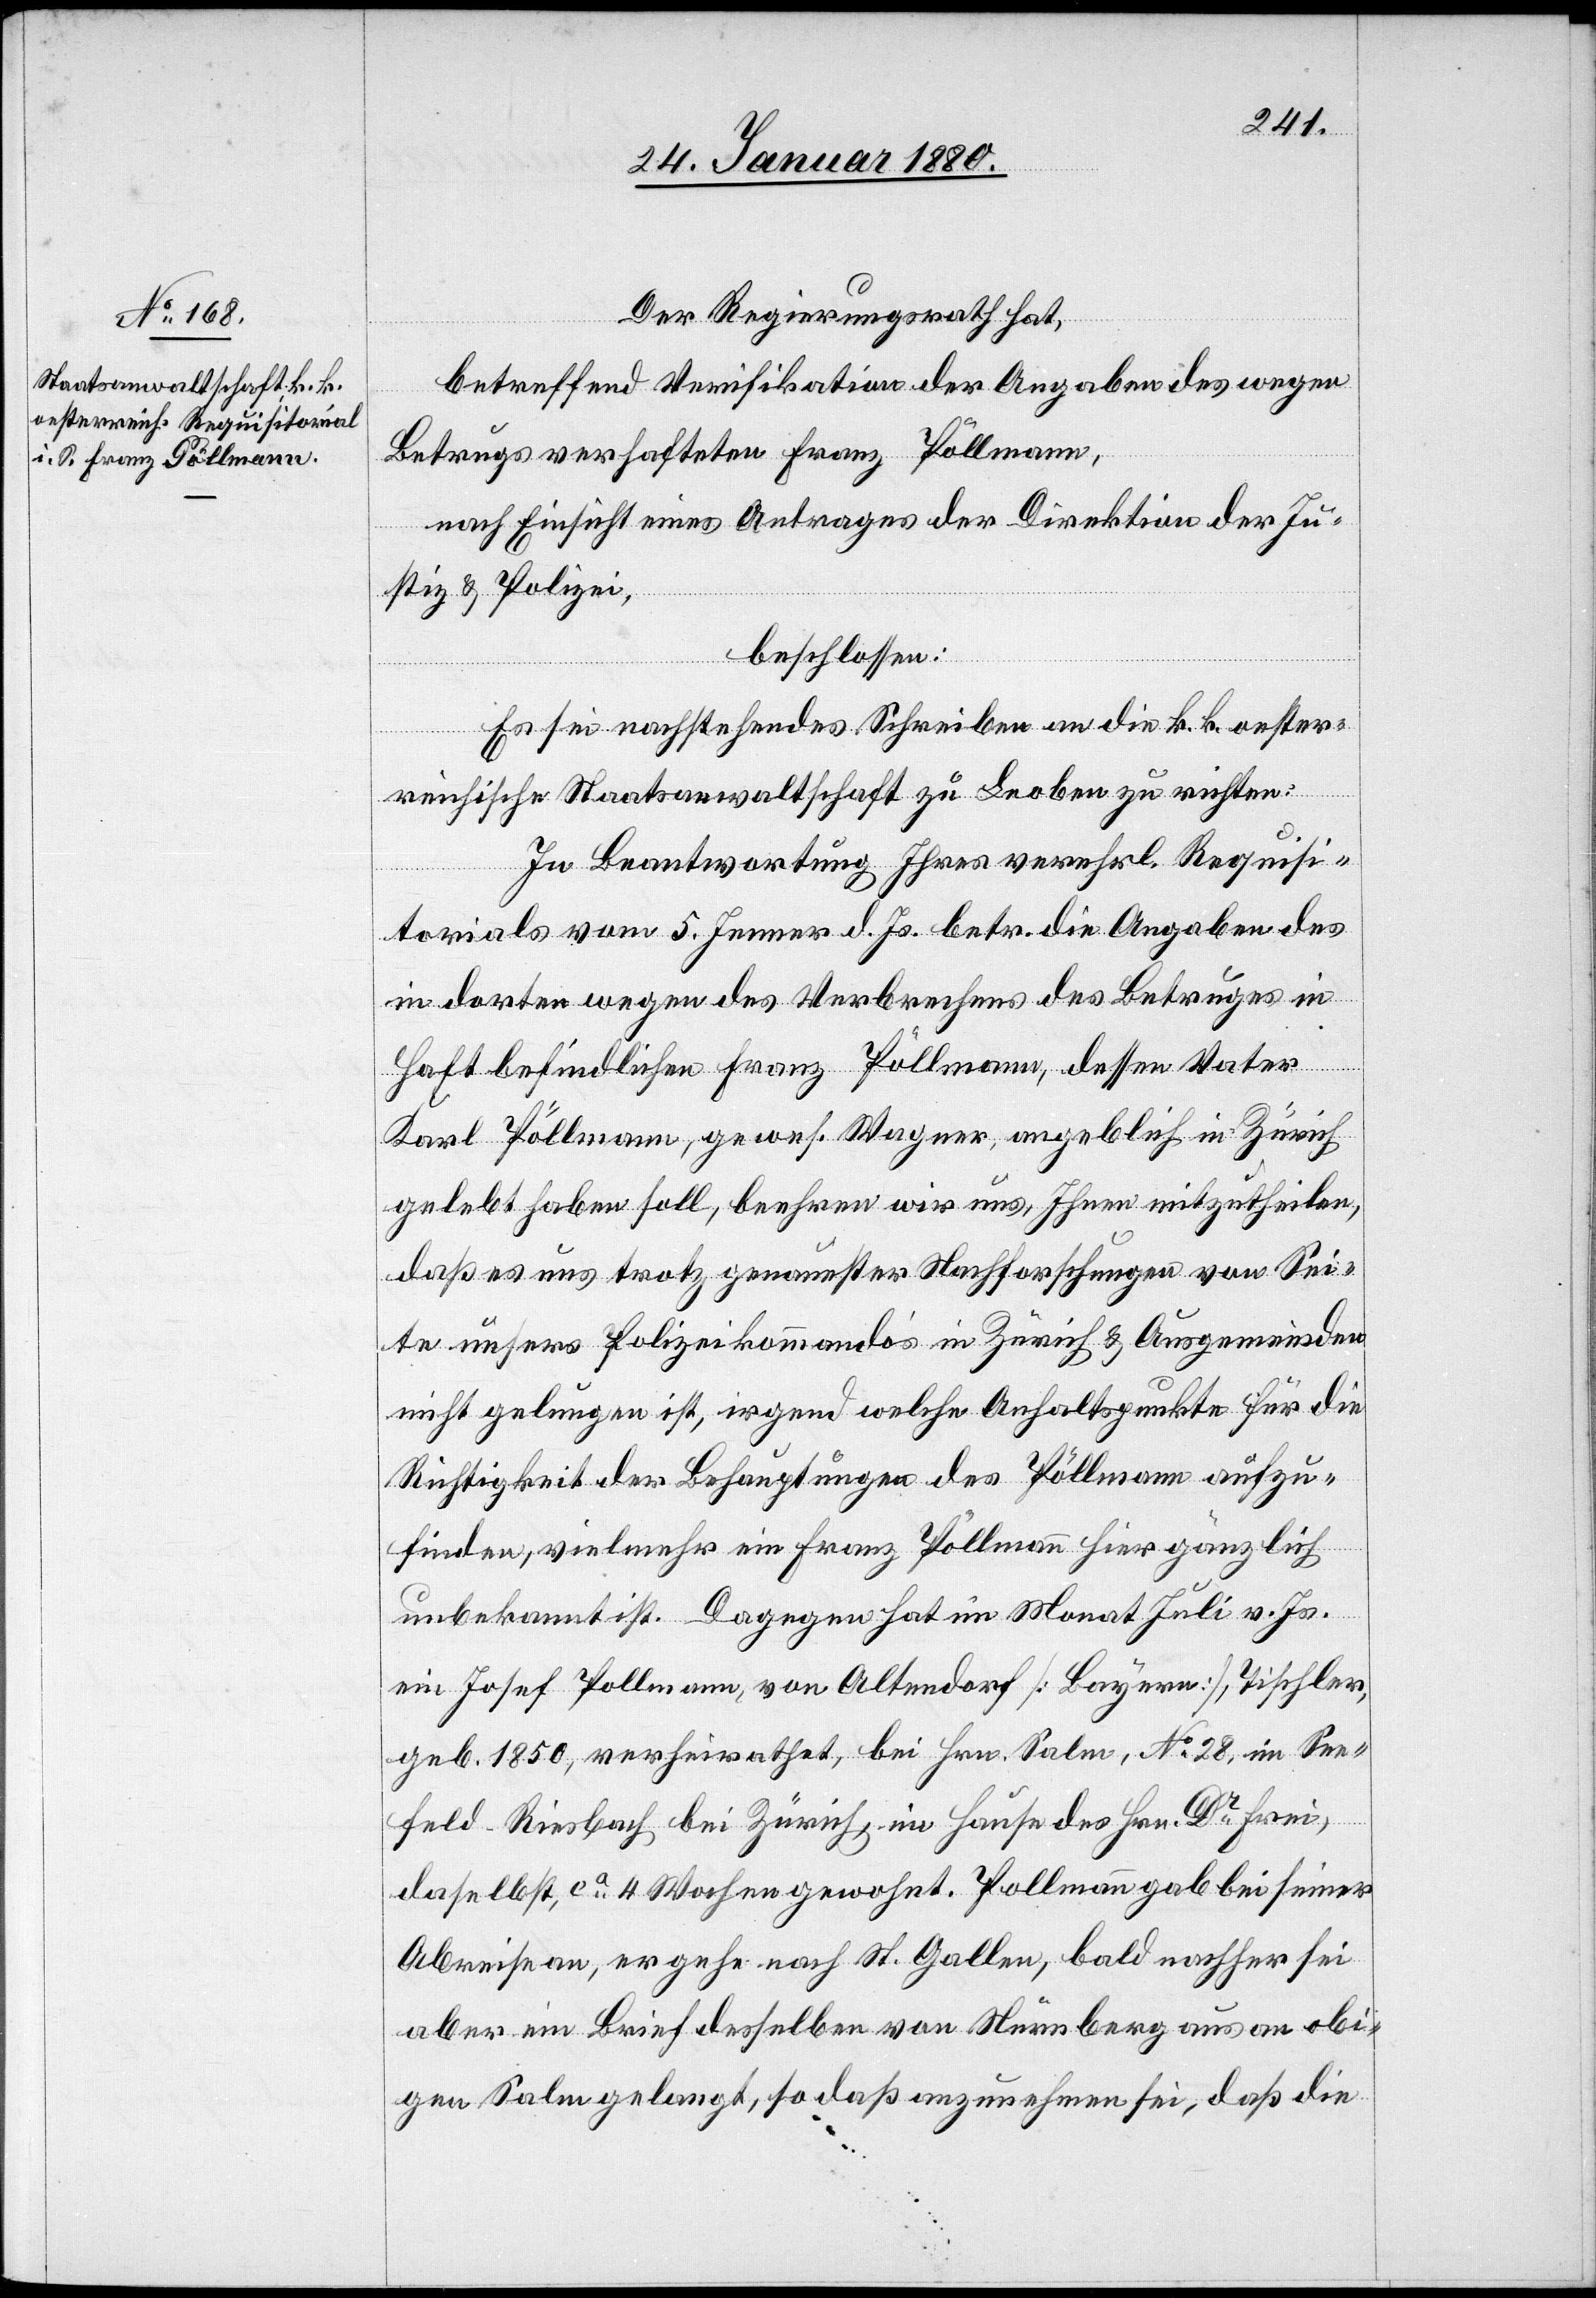
Der Regierungsrath hat,
betreffend Verifikation der Angaben des wegen
Betrugs verhafteten Franz Pöllmann,
nach Einsicht eines Antrages der Direktion der Ju¬
stiz & Polizei,
beschlossen:
Es sei nachstehendes Schreiben an die k. k. oester¬
reichische Staatsanwaltschaft zu Leoben zu richten:
In Beantwortung Ihres verehrl. Requisi¬
torials vom 5. Jenner d. Js. betr. die Angaben des
in dorten wegen des Verbrechens des Betruges in
Haft befindlichen Franz Pöllmann, dessen Vater
Karl Pöllmann, gewes. Wagner, angeblich in Zürich
gelebt haben soll, beehren wir uns, Ihnen mitzutheilen,
daß es uns trotz genauester Nachforschungen von Sei¬
te unsers Polizeikommando’s in Zürich & Ausgemeinden
nicht gelungen ist, irgend welche Anhaltspunkte für die
Richtigkeit der Behauptungen des Pöllmann aufzu¬
finden, vielmehr ein Franz Pöllmann hier gänzlich
unbekannt ist. Dagegen hat im Monat Juli v. Js.
ein Josef Pollmann von Altendorf [Bayern], Tischler,
geb. 1850, verheirathet, bei Hrn. Salm, No 28, in See¬
feld-Riesbach bei Zürich, im Hause des Hrn. Dr Frei,
daselbst, ca 4 Wochen gewohnt. Pollmann gab bei seiner
Abreise an, er gehe nach St. Gallen, bald nachher sei
aber ein Brief desselben von Nürnberg aus an obi¬
gen Salm gelangt, so daß anzunehmen sei, daß die